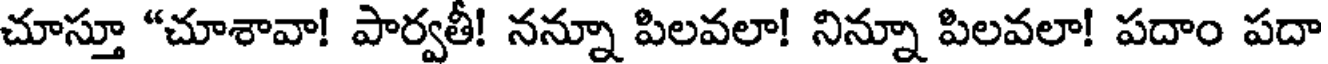
చూస్తూ "చూశావా! పార్వతీ! నన్నూ పిలవలా! నిన్నూ పిలవలా! పదాం పదా